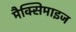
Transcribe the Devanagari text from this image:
मैक्सिमाइज